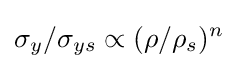
\sigma _{y}/\sigma _{ys}\propto (\rho /\rho _{s})^{n}